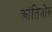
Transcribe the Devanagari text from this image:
क्रांतिभीरु